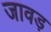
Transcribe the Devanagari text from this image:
जावड़